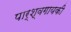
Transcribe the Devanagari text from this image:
पार्श्वगायकी